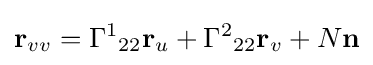
\mathbf {r} _{vv}={\Gamma ^{1}}_{22}\mathbf {r} _{u}+{\Gamma ^{2}}_{22}\mathbf {r} _{v}+N\mathbf {n}